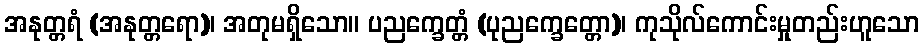
အနုတ္တရံ (အနုတ္တရော)၊ အတုမရှိသော။ ပညက္ခေတ္တံ (ပုညက္ခေတ္တော)၊ ကုသိုလ်ကောင်းမှုတည်းဟူသော